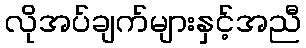
လိုအပ်ချက်များနှင့်အညီ